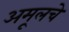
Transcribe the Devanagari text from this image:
अमूलचे